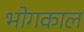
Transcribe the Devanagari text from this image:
भोगकाल